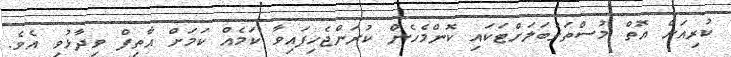
ކުރިއަށް އޮތް މުސްތަގުބަލަށްޓަކައި ކޮންމެހެން ކުރަންޖެހިފައިވާ ކަމެއް ކަމަށް އާތިފް ވިދާޅުވި އެވެ.